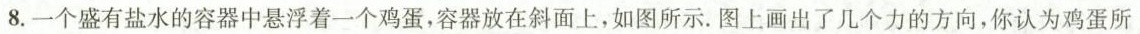
8.一个盛有盐水的容器中悬浮着一个鸡蛋，容器放在斜面上，如图所示。图上画出了几个力的方向，你认为鸡蛋所